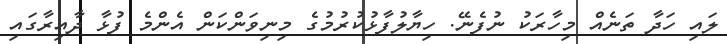
ލައި ހަދާ ތަނެއް މިހާރަކު ނުފެނޭ. ހިޔާލުފާޅުކުރުމުގެ މިނިވަންކަން އެންމެ ފުޅާ ދާއިރާގައި